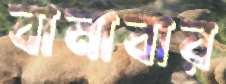
বানাবার